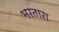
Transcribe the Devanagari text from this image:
भरतारा